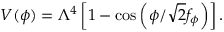
V ( \phi ) = \Lambda ^ { 4 } \left[ 1 - \cos \left( \phi / \sqrt { 2 } f _ { \phi } \right) \right] .